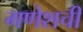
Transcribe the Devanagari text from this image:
गणेशची